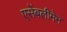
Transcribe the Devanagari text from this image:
एसेंबलीमेन